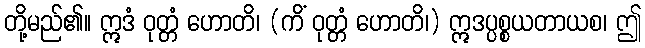
တို့မည်၏။ ဣဒံ ဝုတ္တံ ဟောတိ၊ (ကိံ ဝုတ္တံ ဟောတိ၊) ဣဒပ္ပစ္စယတာယစ၊ ဤ